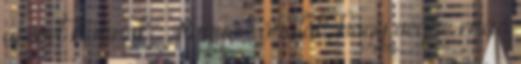
új évet kívánok : Nagyon örülök, hogy végre más